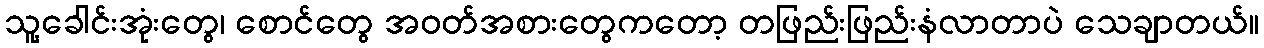
သူ့ခေါင်းအုံးတွေ၊ စောင်တွေ အဝတ်အစားတွေကတော့ တဖြည်းဖြည်းနံလာတာပဲ သေချာတယ်။